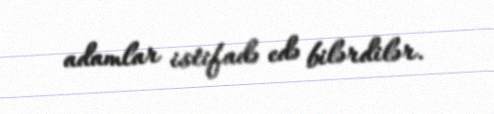
adamlar istifadə edə bilərdilər.